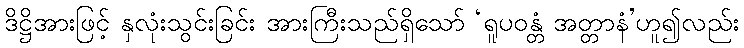
ဒိဋ္ဌိအားဖြင့် နှလုံးသွင်းခြင်း အားကြီးသည်ရှိသော် ‘ရူပဝန္တံ အတ္တာနံ’ဟူ၍လည်း